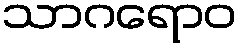
သာဂရောဝ